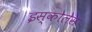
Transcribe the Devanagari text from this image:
इस्कोलेस